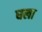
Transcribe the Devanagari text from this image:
घला